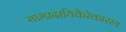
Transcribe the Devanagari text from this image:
साम्प्रदायिकैरेकारस्य